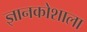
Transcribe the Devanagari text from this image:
ज्ञानकोशाला